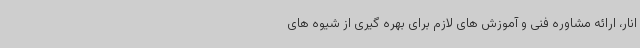
انار، ارائه مشاوره فنی و آموزش های لازم برای بهره گیری از شیوه های